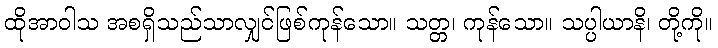
ထိုအာဝါသ အစရှိသည်သာလျှင်ဖြစ်ကုန်သော။ သတ္တ၊ ကုန်သော။ သပ္ပါယာနိ၊ တို့ကို။